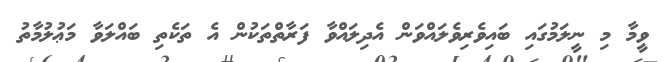
ވީމާ މި ނީލަމުގައި ބައިވެރިވެލައްވަން އެދިލައްވާ ފަރާތްތަކުން އެ ތަކެތި ބައްލަވާ މަޢުލުމާތު